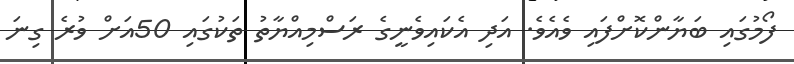
ފޯމުގައި ބަޔާންކޮށްފައި ވެއެވެ. އަދި އެކައިވެނީގެ ރަސްމިއްޔާތު ތަކުގައި 50އަށް ވުރެ ގިނަ